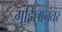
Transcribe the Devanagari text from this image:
गुहिलानंतर